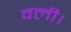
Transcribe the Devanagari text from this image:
वली।